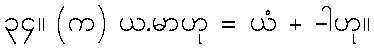
၃၄။ (က) ယ.မာဟု = ယံ + -ါဟု။